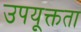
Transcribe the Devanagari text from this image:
उपयूक्तता